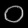
Digit: ၀